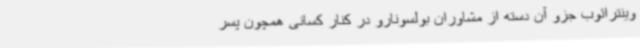
وینترائوب جزو آن دسته از مشاوران بولسونارو در کنار کسانی همچون پسر